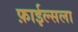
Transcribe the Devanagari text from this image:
फ़ाईल्सला